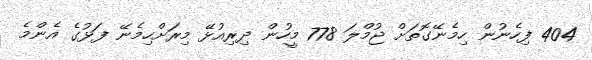
404 ފިހެނުން ހިމެނޭގޮތަށް ޖުމްލަ 778 މީހުން ދިރިއުޅޭ މިރަށްހިމެނޭ ފަޅުގެ އެންމެ